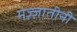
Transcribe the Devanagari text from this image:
मज़्ज़ातीनी